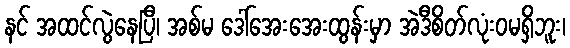
နင် အထင်လွဲနေပြီ၊ အစ်မ ဒေါ်အေးအေးထွန်းမှာ အဲဒီစိတ်လုံးဝမရှိဘူး၊